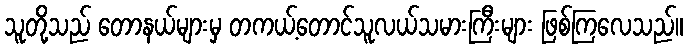
သူတို့သည် တောနယ်များမှ တကယ့်တောင်သူလယ်သမားကြီးများ ဖြစ်ကြလေသည်။